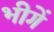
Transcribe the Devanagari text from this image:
भीगें